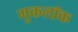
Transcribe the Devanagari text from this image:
मुकलॉक